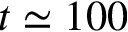
t \simeq 1 0 0